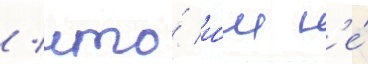
/ что́ и́м н'е́